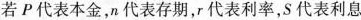
若P代表本金，n代表存期，r代表利率，S代表利息